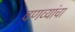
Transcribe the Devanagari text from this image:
वणव्यांचा